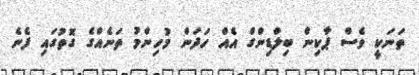
ތަނަކީ ވެސް ޕާކިން ބިލްޑިންގް އެއް ހަދަން މުހިންމު ތަނެއްގެ ގޮތުގައި ފެނެ